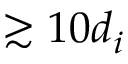
\gtrsim 1 0 d _ { i }